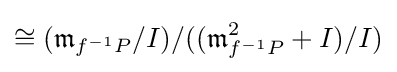
\cong ({\mathfrak {m}}_{f^{-1}P}/I)/(({\mathfrak {m}}_{f^{-1}P}^{2}+I)/I)